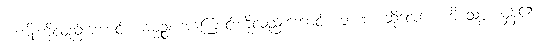
အကျိုးကိုလည်းကောင်း။ ဓမ္မဉ္စ၊ အကြောင်းကိုလည်းကောင်း။ ဘဏ၊ ဆိုလော။ ဟိ သစ္စံ၊ မှန်၏။